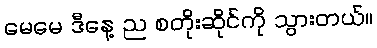
မေမေ ဒီနေ့ ည စတိုးဆိုင်ကို သွားတယ်။